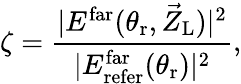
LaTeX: \zeta=\frac{\vert E^{\mathrm{far}}(\theta_{\mathrm{r}},\vec{Z}_{\mathrm{L}})\vert^{2}}{\vert E_{\mathrm{refer}}^{\mathrm{far}}(\theta_{\mathrm{r}})\vert^{2}},